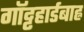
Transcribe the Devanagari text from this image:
गॉट्टहार्डबाह्न